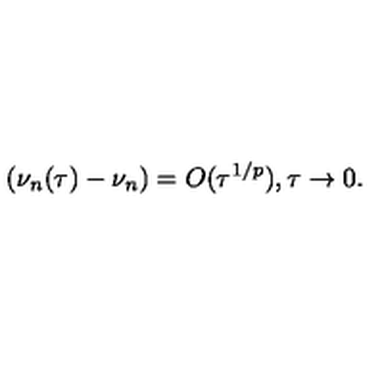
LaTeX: ( \nu _ { n } ( \tau ) - \nu _ { n } ) = O ( \tau ^ { 1 / p } ) , \tau \rightarrow 0 .